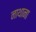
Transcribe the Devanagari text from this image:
नाथाना